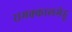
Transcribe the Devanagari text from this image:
रामक्कालमेडू